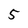
Character: 5